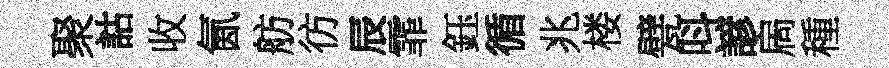
聚詁收氤舫彷辰霏鈺循兆楼甓呌諺扄種